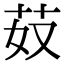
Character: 𦬻